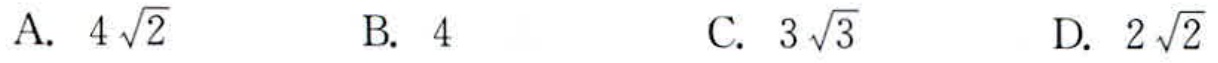
A. \(4\sqrt{2}\)  B. \(4\)  C. \(3\sqrt{3}\)  D. \(2\sqrt{2}\)